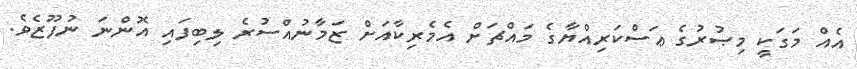
އެއް މަގަކީ މިޞުރުގެ ޢަސްކަރިއްޔާގެ މައްޗަށް އެމެރިކާއަށް ޒަމާނުއްސުރެ ލިބިފައި އޮންނަ ނުފޫޒެވެ.